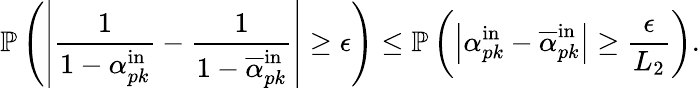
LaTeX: \mathbb{P}\left(\left|\frac{1}{1-\alpha_{pk}^{\mathrm{in}}}-\frac{1}{1-\overline{{\alpha}}_{pk}^{\mathrm{in}}}\right|\geq\epsilon\right)\leq\mathbb{P}\left(\left|\alpha_{pk}^{\mathrm{in}}-\overline{{\alpha}}_{pk}^{\mathrm{in}}\right|\geq\frac{\epsilon}{L_{2}}\right).